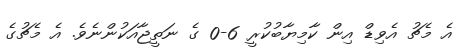
އެ މެޗު އެވިޑް އިން ކާމިޔާބުކުރީ 6-0 ގެ ނަތީޖާއަކުންނެވެ. އެ މެޗުގެ